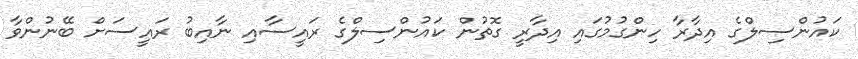
ކައުންސިލްގެ އިދާރާ ހިންގުމުގައި އިދާރީ ގޮތުން ކައުންސިލްގެ ރައީސާއި ނާއިބު ރައީސަށް ބޭނުންވާ